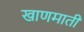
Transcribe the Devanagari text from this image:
खाणमाती